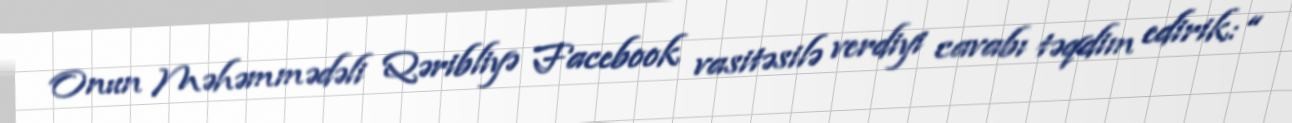
Onun Məhəmmədəli Qəribliyə Facebook vasitəsilə verdiyi cavabı təqdim edirik: “